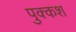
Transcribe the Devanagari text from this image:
पुक्कश